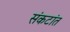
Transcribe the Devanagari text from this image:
संकटांत